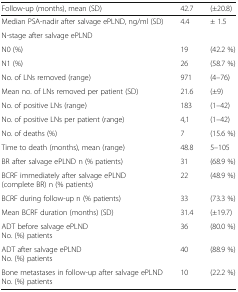
| Follow-up (months), mean (SD) | 42.7 | (±20.8) |
 | --- | --- | --- |
 | Median PSA-nadir after salvage ePLND, ng/ml (SD) | 4.4 | ± 1.5 |
 | <COLSPAN=3> N-stage after salvage ePLND |
 | N0 (%) | 19 | (42.2 %) |
 | N1 (%) | 26 | (58.7 %) |
 | No. of LNs removed (range) | 971 | (4–76) |
 | Mean no. of LNs removed per patient (SD) | 21.6 | (±9) |
 | No. of positive LNs (range) | 183 | (1–42) |
 | No. of positive LNs per patient (range) | 4,1 | (1–42) |
 | No. of deaths (%) | 7 | (15.6 %) |
 | Time to death (months), mean (range) | 48.8 | 5–105 |
 | BR after salvage ePLND n (% patients) | 31 | (68.9 %) |
 | BCRF immediately after salvage ePLND (complete BR) n (% patients) | 22 | (48.9 %) |
 | BCRF during follow-up n (% patients) | 33 | (73.3 %) |
 | Mean BCRF duration (months) (SD) | 31.4 | (±19.7) |
 | ADT before salvage ePLNDNo. (%) patients | 36 | (80.0 %) |
 | ADT after salvage ePLNDNo. (%) patients | 40 | (88.9 %) |
 | Bone metastases in follow-up after salvage ePLNDNo. (%) patients | 10 | (22.2 %) |